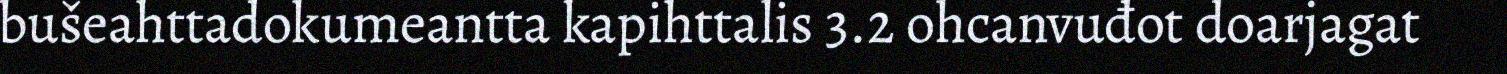
bušeahttadokumeantta kapihttalis 3.2 ohcanvuđot doarjagat